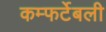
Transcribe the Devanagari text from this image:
कम्फर्टेबली